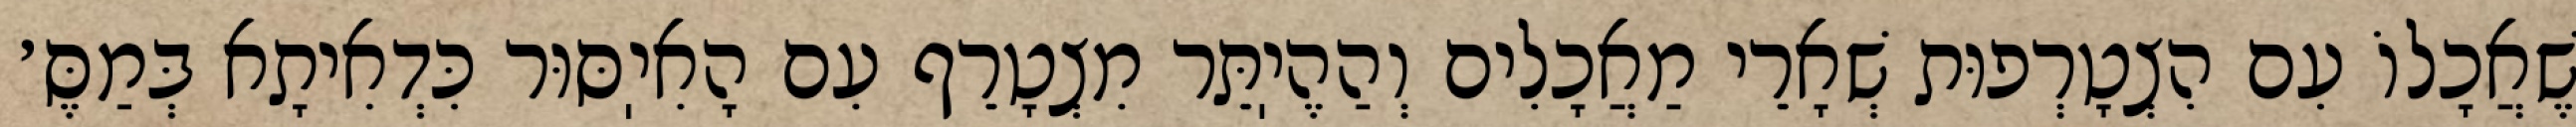
שֶׁאֲכָלוֹ עִם הִצְטָרְפוּת שְׁאָרֵי מַאֲכָלִים וְהַהֶיֽתֵּר מִצְטָרֵף עִם הָאִיֽסּוּר כִּדְאִיתָא בְּמַסֶּ׳